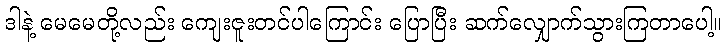
ဒါနဲ့ မေမေတို့လည်း ကျေးဇူးတင်ပါကြောင်း ပြောပြီး ဆက်လျှောက်သွားကြတာပေါ့။